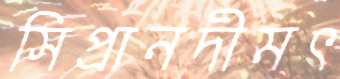
সিপ্রানদীমৎ